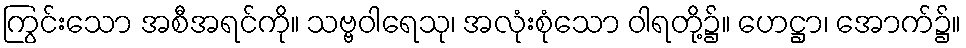
ကြွင်းသော အစီအရင်ကို။ သဗ္ဗဝါရေသု၊ အလုံးစုံသော ဝါရတို့၌။ ဟေဋ္ဌာ၊ အောက်၌။